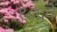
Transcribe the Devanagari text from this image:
१८६वें